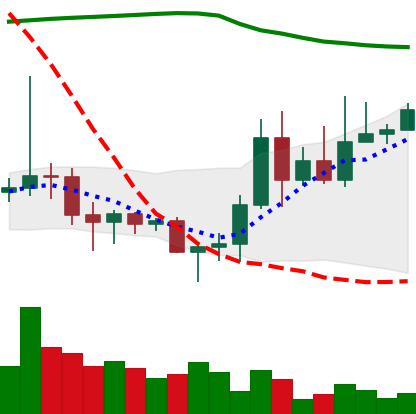
Ticker: DOGE-USD
Chart end date: 2020-11-13
Forward return: 3.119%
Label: up_3_5